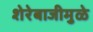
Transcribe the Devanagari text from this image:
शेरेबाजीमुळे